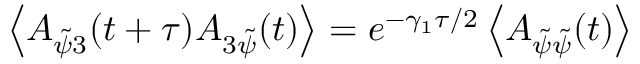
\left\langle A _ { \tilde { \psi } 3 } ( t + \tau ) A _ { 3 \tilde { \psi } } ( t ) \right\rangle = e ^ { - \gamma _ { 1 } \tau / 2 } \left\langle A _ { \tilde { \psi } \tilde { \psi } } ( t ) \right\rangle